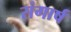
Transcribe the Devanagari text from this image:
संगार्ष